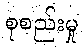
စုစည်းမှု